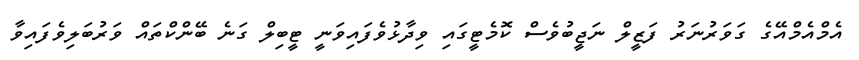
އެމްއެމްއޭގެ ގަވަރުނަރު ފަޒީލް ނަޖީބުވެސް ކޮމެޓީގައި ވިދާޅުވެފައިވަނީ ޓީބިލް ގަނެ ބޭންކްތައް ވަރުބަލިވެފައިވާ